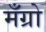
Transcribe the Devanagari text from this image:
मँग्रो